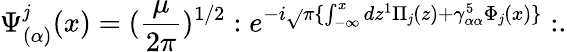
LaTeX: \Psi_{(\alpha)}^{\mathit{j}}(x)=(\frac{{\mu}}{{2\pi}})^{1/2}:e^{-i\sqrt{}{{\pi}}\{ \int_{-\infty}^{x}dz^{1}\Pi_{\mathit{j}}(z)+\gamma_{\alpha\alpha}^{5}\Phi_{\mathit{j}}(x)\} }:.